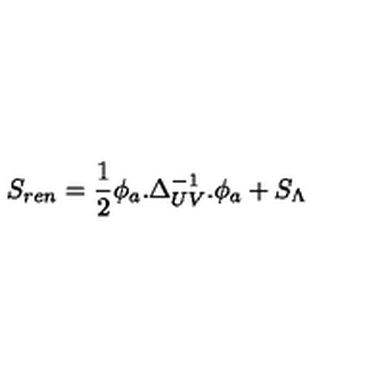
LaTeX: S _ { r e n } = \frac { 1 } { 2 } \phi _ { a } . \Delta _ { U V } ^ { - 1 } . \phi _ { a } + S _ { \Lambda }